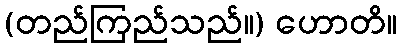
(တည်ကြည်သည်။) ဟောတိ။